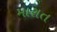
મારાત